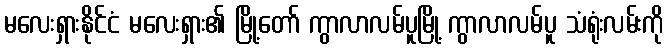
မလေးရှားနိုင်ငံ မလေးရှား၏ မြို့တော် ကွာလာလမ်ပူမြို့ ကွာလာလမ်ပူ သံရုံးလမ်းကို